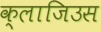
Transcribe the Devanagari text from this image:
क्लाजिउस